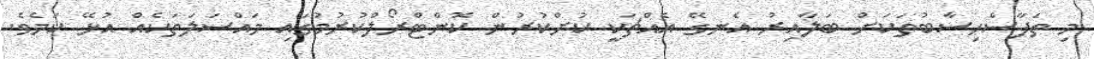
މި ތަފާސްހިސާބުތަކަށް ބަލާއިރު އެނގޭ އެއްޗަކީ ކުށްކުރުން ކޮންޓްރޯލްކުރުމުގައި މައްސަލަތަކެއް އުޅޭ ކަމެވެ.